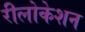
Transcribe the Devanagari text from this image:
रीलोकेशन